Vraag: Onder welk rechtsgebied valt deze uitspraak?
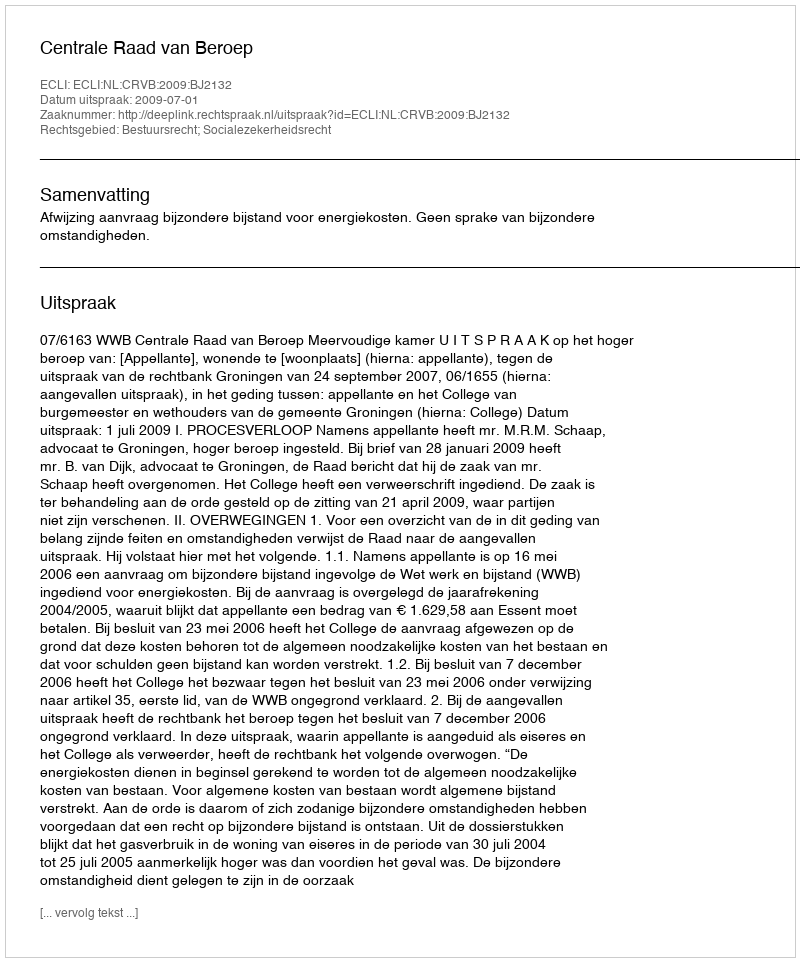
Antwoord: Bestuursrecht; Socialezekerheidsrecht